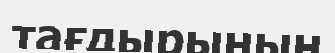
тағдырының